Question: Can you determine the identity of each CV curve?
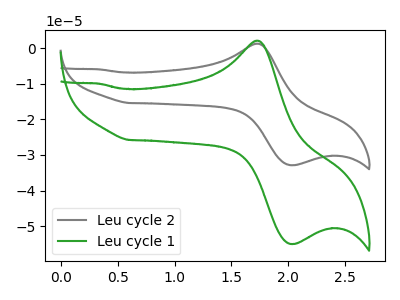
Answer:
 <answer>The gray curve is labeled "Leu cycle 2". The green curve is labeled "Leu cycle 1".</answer>
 <eval></eval>